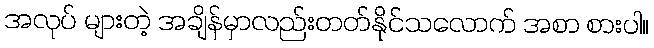
အလုပ် များတဲ့ အချိန်မှာလည်းတတ်နိုင်သလောက် အစာ စားပါ။